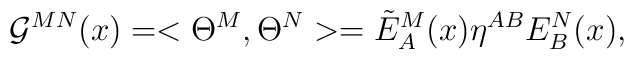
{\cal G}^{MN}(x) = < \Theta^M , \Theta^N > = {\tilde E}^M_A(x) \eta^{AB} E^N_B(x),